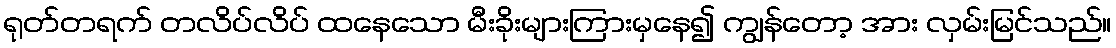
ရုတ်တရက် တလိပ်လိပ် ထနေသော မီးခိုးများကြားမှနေ၍ ကျွန်တော့ အား လှမ်းမြင်သည်။